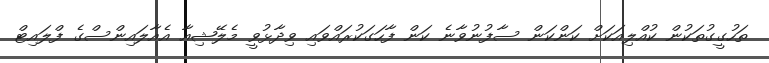
ތަހުގީގުތަކުން ކުއްލިއަކަށް ކަންކަން ސާފުނުވާނެ ކަން ފާހަގަކުރައްވައި ވިދާޅުވީ މެލޭޝިއާ އެއާލައިންސްގެ ފްލައިޓް